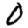
Digit: 0